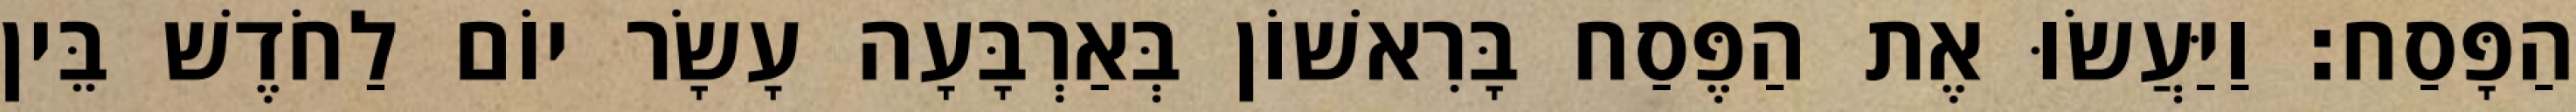
הַפָּסַח׃ וַיַּעֲשׂוּ אֶת הַפֶּסַח בָּרִאשׁוֹן בְּאַרְבָּעָה עָשָׂר יוֹם לַחֹדֶשׁ בֵּין